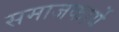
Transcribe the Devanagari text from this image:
समाजकार्ये